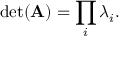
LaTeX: \operatorname* { d e t } ( \mathbf { A } ) = \prod _ { i } \lambda _ { i } .